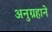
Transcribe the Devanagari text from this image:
अनुग्रहाने